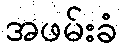
အဖမ်းခံ